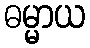
ဓမ္မာယ